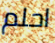
احلم